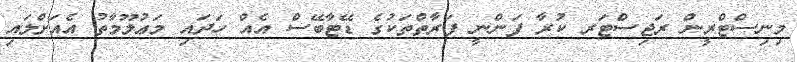
މިނިސްޓްރީން ރަޖިސްޓަރ ކުރާ ފަންނީ ފަރާތްތަކުގެ ޑޭޓާބޭސް އެއް ހަދައި މަޢުލޫމާތު އެއަށްލައި